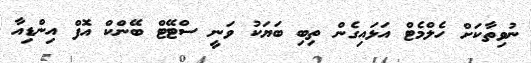
ނުވިތާކަށް ހެލްމެޓް އަޅައިގެން ތިބި ބަޔަކު ވަނީ ސްޓޭޓް ބޭންކް އޮފް އިންޑިއާ